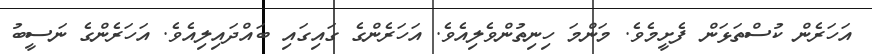
އަހަރެން ކުސްތަޅަން ފެށީމެވެ. މަންމަ ހިނިތުންވެލިއެވެ. އަހަރެންގެ ގައިގައި ބައްދައިލިއެވެ. އަހަރެންގެ ނަސީބު